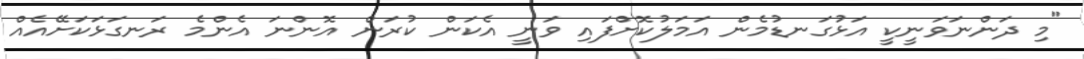
"މި ދަންނަވަނީކީ އަޅުގަނޑުމެން އަމަލުކޮށްފައި ވަނީ އެކަން ކުރަން އޮންނަ އެންމެ ރަނގަޅަކަށޭއެއް